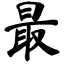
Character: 最